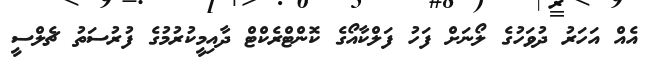
އެއް އަހަރު ދުވަހުގެ ލޯނަށް ފަހު ފަލްކާއޯގެ ކޮންޓްރެކްޓް ދާއިމީކުރުމުގެ ފުރުސަތު ޗެލްސީ